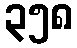
၃၅၈